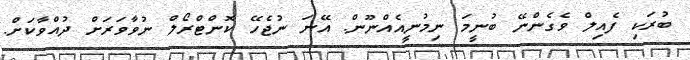
ބުރަކި ފެއިލް ވެގެންނޭ ބުނީމަ ނިމުނީއެއްނޫން. އޭނަ ނުޖެހޭ ކޮންޓްރޯލް ނުވާވަރަށް ދުއްވާކަށް.